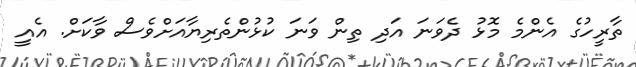
ތާރީހުގެ އެންމެ މޮޅު ދެވަނަ އަދި ތިން ވަނަ ކުޅުންތެރިޔާއަށްވެސް ވާކަށް. އެއީ